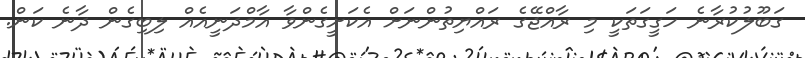
ގަބޫލުކުރާނެ ހަގީގަތަކީ މި ރާއްޖޭގެ ރައްޔިތުންނަށް އެކަށީގެންވާ އާމްދަނީއެއް ލިބިގެން ދާނެ ކަން.